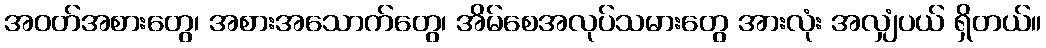
အဝတ်အစားတွေ၊ အစားအသောက်တွေ၊ အိမ်စေအလုပ်သမားတွေ အားလုံး အလျှံပယ် ရှိတယ်။